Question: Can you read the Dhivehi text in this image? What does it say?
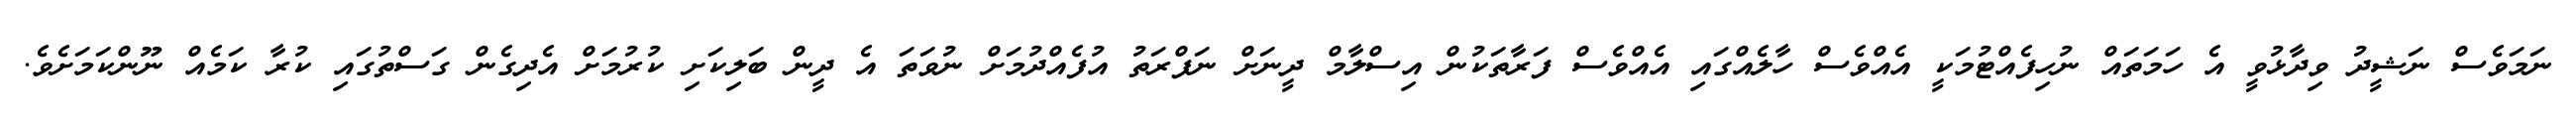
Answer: ނަމަވެސް ނަޝީދު ވިދާޅުވީ އެ ހަމަތައް ނުހިފެއްޓުމަކީ އެއްވެސް ހާލެއްގައި އެއްވެސް ފަރާތަކުން އިސްލާމް ދީނަށް ނަފްރަތު އުފެއްދުމަށް ނުވަތަ އެ ދީން ބަލިކަށި ކުރުމަށް އެދިގެން ގަސްތުގައި ކުރާ ކަމެއް ނޫންކަމަށެވެ.